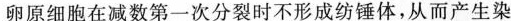
卵原细胞在减数第一次分裂时不形成纺锤体，从而产生染